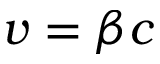
v = \beta c